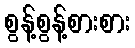
စွန့်စွန့်စားစား